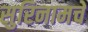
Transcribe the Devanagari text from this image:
सुरिनामचे